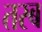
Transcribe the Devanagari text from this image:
तस्ब